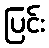
ပြင်း